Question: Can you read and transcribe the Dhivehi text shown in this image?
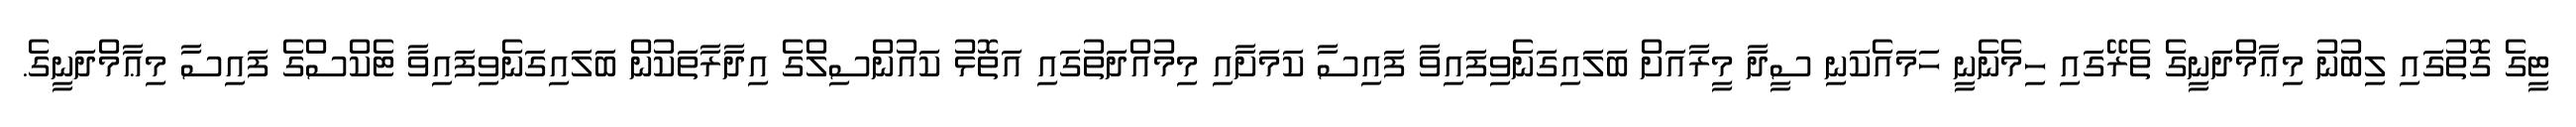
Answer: ޓީގެ ގޮތުގައި ލިބުނު މިޢާމްދަނީގެ ތެރޭގައި ހިމެނެނީ ހަމައެކަނި ސީދާ މީރާއަށް ބަލައިގަނެވިފައިވާ ފައިސާ ކަމަށާއި މިމުއްދަތުގައި އަތޮޅު ކައުންސިލްގެ އިދާރާތަކުން ބަލައިގަނެވިފައިވާ ޓެކްސްގެ ފައިސާ މިޢާމްދަނީގެ.